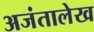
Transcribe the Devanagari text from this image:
अजंतालेख